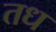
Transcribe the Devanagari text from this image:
तध